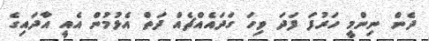
ދެން ނިންމީ ހަރުފަ ފަދަ ވިހަ ގަދައެއްޗެއް ދަތް އެޅުމުން އެއީ އާދައިގެ